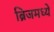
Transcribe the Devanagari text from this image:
ब्रिजमध्ये